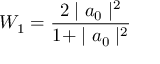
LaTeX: W _ { 1 } = \frac { 2 \mid a _ { 0 } \mid ^ { 2 } } { 1 + \mid a _ { 0 } \mid ^ { 2 } }